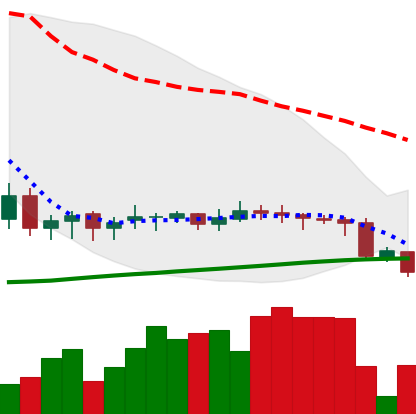
Ticker: DOGE-USD
Chart end date: 2020-09-23
Forward return: 3.594%
Label: up_3_5